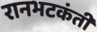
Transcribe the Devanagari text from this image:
रानभटकंती